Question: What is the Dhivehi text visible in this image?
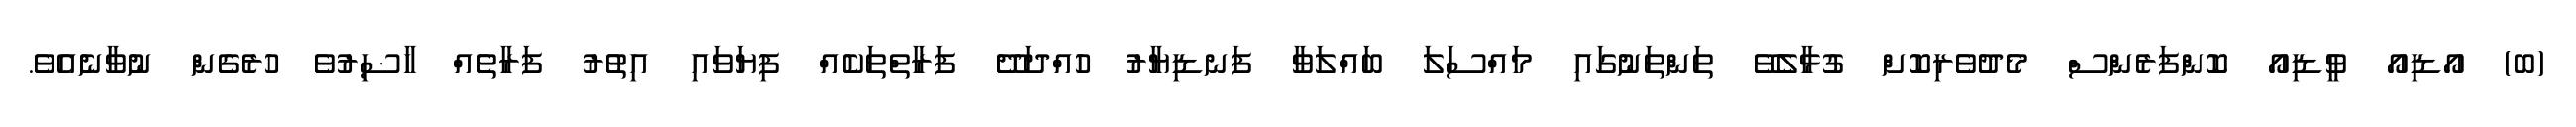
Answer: (ބ) އޯޑިއޯ ވީޑިއޯ ކޮންފަރެންސް މެދުވެރިކޮށް ގުޅާލެވޭ ތަންތަނުގައި މައްސަލަ ބައްލަވާ ފަނޑިޔާރު ހުއްދަދޭ ފަރާތްތަކެއް ފިޔަވައި އިތުރު ފަރާތެއް ހާޟިރުވެ ހުރެގެން ނުވާނެއެވެ.